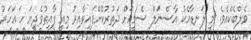
ވެލްބެކްއެވެ. މި ލަނޑާއެކު އާސެނަލް ސެމީއަށް ދަތުރުކޮށްފައިވާއިރު މިއީ ފާއިތުވެދިޔަ ހަ އަހަރު